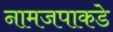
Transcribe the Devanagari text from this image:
नामजपाकडे